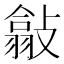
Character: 㪧